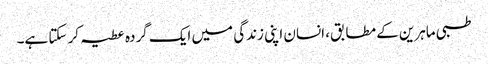
طبی ماہرین کے مطابق، انسان اپنی زندگی میں ایک گردہ عطیہ کر سکتا ہے۔